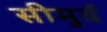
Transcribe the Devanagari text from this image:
सीमुर्व